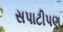
સપાટીપણ